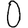
Digit: 0